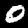
Label: 0